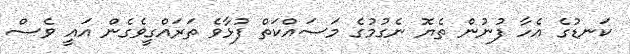
ކަނޑުގެ އެހާ ފުނުން ތެޔޮ ނެގުމުގެ މަސައްކަތް ފުޅާވެ ތަރައްގީވެގެން އައީ ވެސް